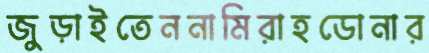
জুড়াইতেননামিরাহডোনার